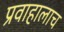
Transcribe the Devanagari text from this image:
प्रवाहालाच